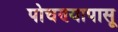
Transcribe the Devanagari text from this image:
पोचण्यापासू